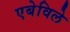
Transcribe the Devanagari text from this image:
एबेविले